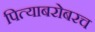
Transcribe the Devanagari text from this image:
पित्याबरोबरच